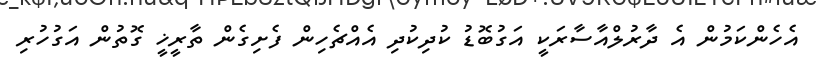
އެހެންކަމުން އެ ދާރުލްއާސާރަކީ އަގުބޮޑު ކުދިކުދި އެއްޗެހިން ފެށިގެން ތާރީޚީ ގޮތުން އަގުހުރި